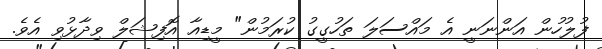
ފުލުހުން އަންނަނީ އެ މައްސަލަ ތަހުގީގު ކުރަމުން" މީޑިއާ އޮފިޝަލް ވިދާޅުވި އެވެ.